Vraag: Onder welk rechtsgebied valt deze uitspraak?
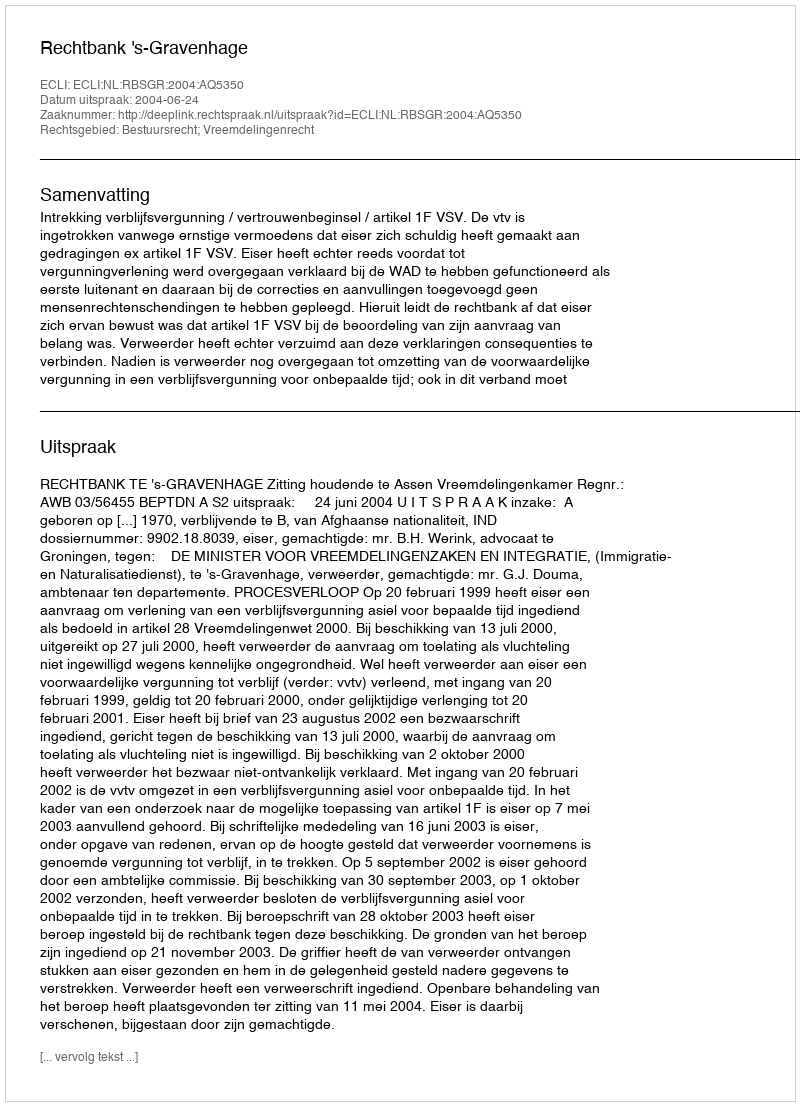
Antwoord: Bestuursrecht; Vreemdelingenrecht